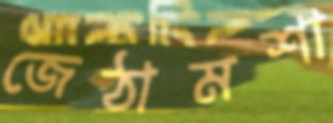
জেঠামশা